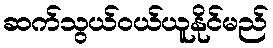
ဆက်သွယ်ဝယ်ယူနိုင်မည်